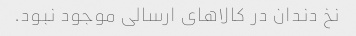
نخ دندان در کالاهای ارسالی موجود نبود.